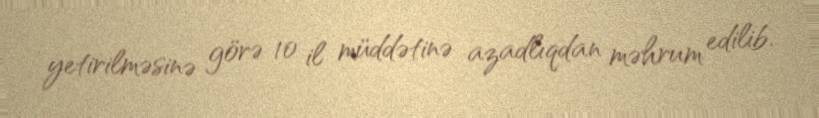
yetirilməsinə görə 10 il müddətinə azadlıqdan məhrum edilib.